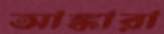
আঙ্কারা